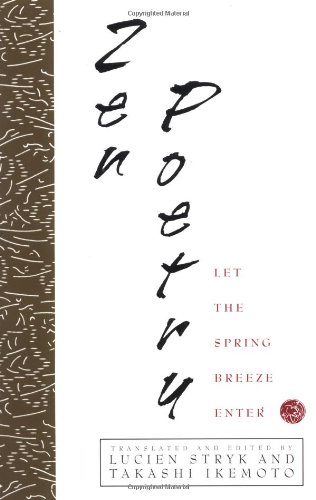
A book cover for Zen Poetry: Let the Spring Breeze Enter; Literature & Fiction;